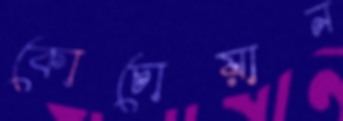
কোচোয়ান